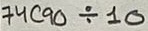
Text: 74C90 / 10